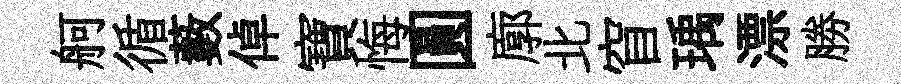
舸循藪倬寶悔圓廓北窅瑀漂勝